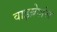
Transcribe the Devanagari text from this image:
वाइब्रेशंस